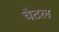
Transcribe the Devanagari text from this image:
चैटल